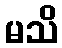
မသိ